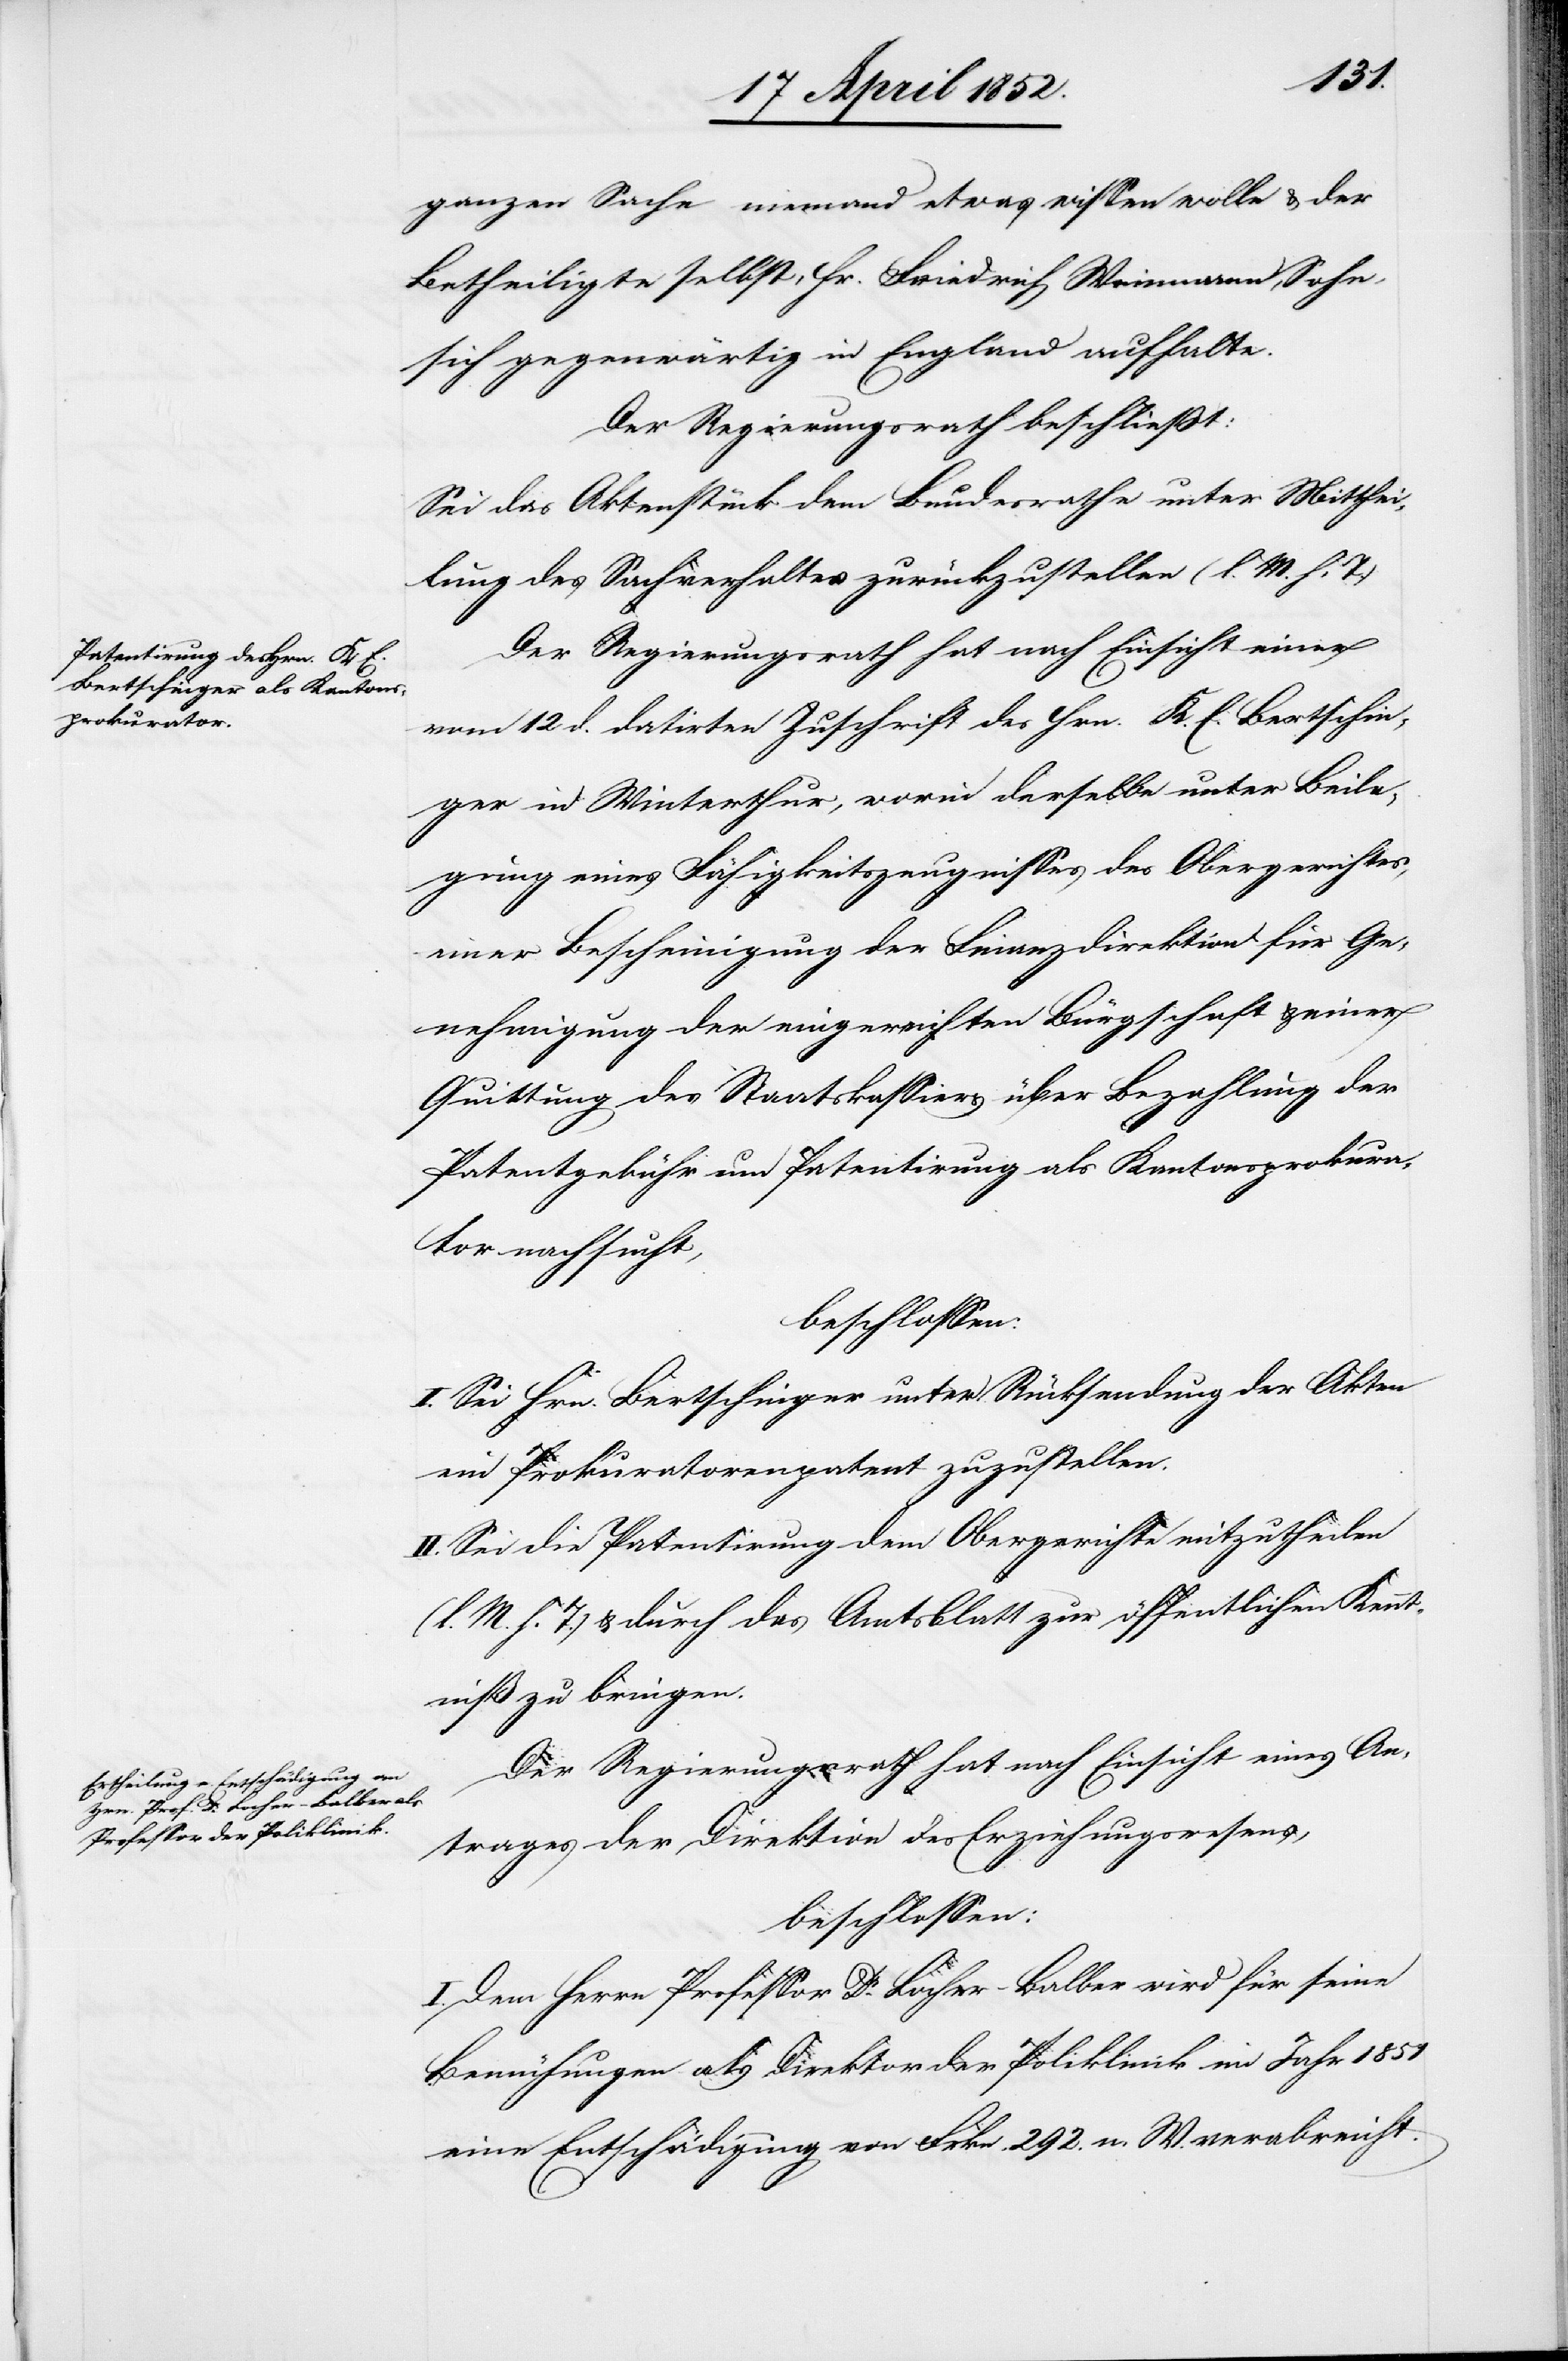
ganzen Sache niemand etwas wissen wolle & der
Betheiligte selbst, Hr. Friedrich Weinmann, Sohn,
sich gegenwärtig in England aufhalte.
Der Regierungsrath beschliesst:
Sei das Aktenstück dem Bundesrathe unter Mitthei¬
lung des Sachverhaltes zurückzustellen (l. M. h. T.)
Der Regierungsrath hat nach Einsicht einer
vom 12 d. datirten Zuschrift des Hrn. K. E. Bertschin¬
ger in Winterthur, worin derselbe unter Beile¬
gung eines Fähigkeitszeugnisses des Obergerichtes,
einer Bescheinigung der Finanzdirektion für Ge¬
nehmigung der eingereichten Bürgschaft & einer
Quittung des Staatskassiers über Bezahlung der
Patentgebühr um Patentirung als Kantonsprokura¬
tor nachsucht,
beschlossen:
I. Sei Hrn. Bertschinger unter Rücksendung der Akten
ein Prokuratorenpatent zuzustellen.
II. Sei die Patentirung dem Obergerichte mitzutheilen
(l. M. h. T.) & durch das Amtsblatt zur öffentlichen Kennt¬
niß zu bringen.
Der Regierungsrath hat nach Einsicht eines An¬
trages der Direktion des Erziehungswesens,
beschlossen:
I. Dem Herrn Professor Dr. Locher-Balber wird für seine
Bemühungen als Direktor der Poliklinik im Jahr 1851
eine Entschädigung von Frkn. 292. n. W. verabreicht.